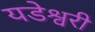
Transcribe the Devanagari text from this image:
यडेश्वरी